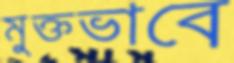
মুক্তভাবে